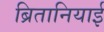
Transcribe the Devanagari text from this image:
ब्रितानियाई